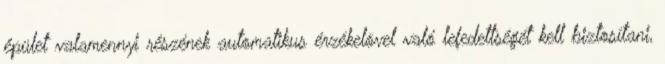
épület valamennyi részének automatikus érzékelõvel való lefedettségét kell biztosítani,